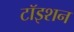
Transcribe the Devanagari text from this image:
टॉइशन